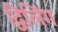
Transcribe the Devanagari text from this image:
द्विलिंग